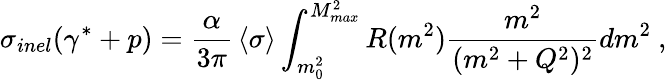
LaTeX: \sigma_{inel}(\gamma^{*}+p)={\frac{\alpha}{3\pi}}\left<\sigma\right>\int_{m_{0}^{2}}^{M_{max}^{2}}R(m^{2}){\frac{m^{2}}{(m^{2}+Q^{2})^{2}}}dm^{2}\ ,